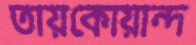
তায়কোয়ান্দ